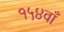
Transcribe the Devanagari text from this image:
१५४वाँ